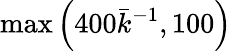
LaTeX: \operatorname*{max}\left(400\bar{k}^{-1},100\right)